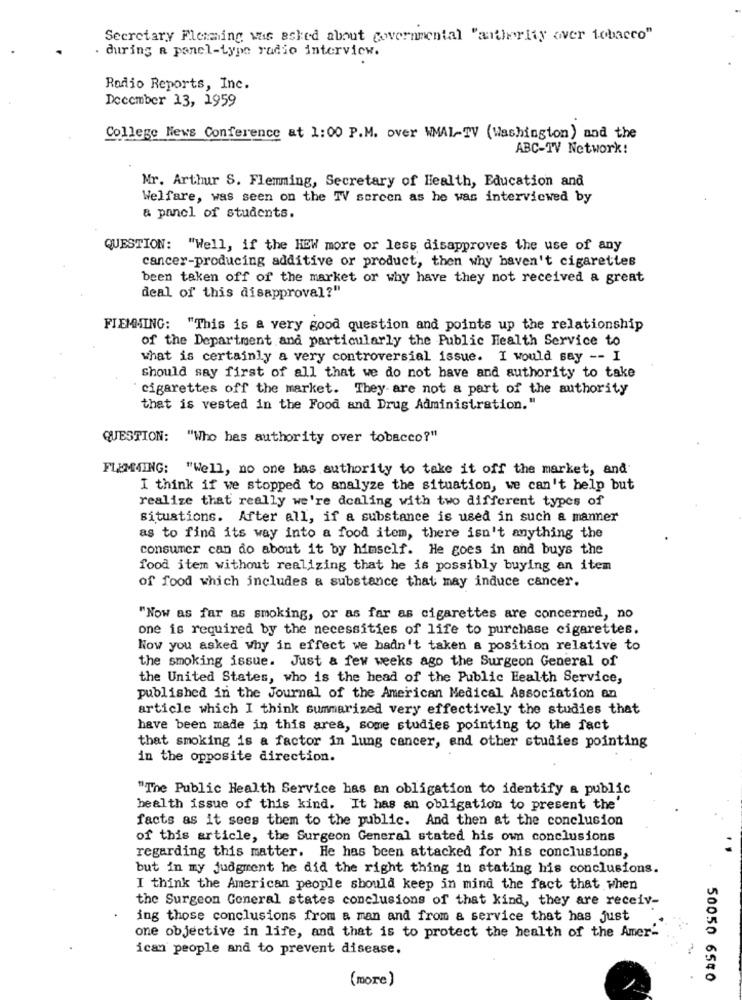
Secretary Flemming was asked about governmental "andlerity over tobacco"
. during a panel-type radio interview.
Radio Reports, Inc.
December 13, 1959
College News Conference at 1:00 P.M. over WMAL-TV (Washington) and the
ABC-TV Network!
Mr. Arthur S. Flemming, Secretary of Health, Education and
Welfare, was seen on the TV sorcen as he was interviewed by
& panel of students.
QUESTION: "Well, if the HEW more or less disapproves the use of any
cancer-producing additive or product, then why haven't cigarettes
been taken off of the market or why have they not received a great
deal of this disapproval?"
FLEMMING: "This is a very good question and points up the relationship
of the Department and particularly the Public Health Service to
what is certainly a very controversial issue. I would say -- I
Should say first of all that we do not have and authority to take
cigarettes off the market. They are not a part of the authority
that is vested in the Food and Drug Administration."
QUESTION: "Who has authority over tobacco?"
FLEMMING: "Well, no one has authority to take it off the market, and
I think if we stopped to analyze the situation, we can't help but
realize that really we're dealing with two different types of
situations. After all, if a substance is used in such a manner
as to find its way into a food item, there isn't anything the
consumer can do about it by himself. He goes in and buys the
food item without realizing that he is possibly buying an item
of food which includes a substance that may induce cancer.
"Now as far as smoking, or as far as cigarettes are concerned, no
one is required by the necessities of life to purchase cigarettes.
Now you asked Why in effect we hadn't taken a position relative to
the smoking issue. Just & few weeks ago the Surgeon General of
the United States, who is the head of the Public Health Service,
published in the Journal of the American Medical Association an
article which I think summarized very effectively the studies that
have been made in this area, some studies pointing to the fact
that smoking is a factor in lung cancer, end other studies pointing
in the opposite direction.
"The Public Health Service has an obligation to identify a public
health issue of this kind. It has an obligation to present the'
facts as it sees them to the public. And then at the conclusion
of this article, the Surgeon General stated his own conclusions
regarding this matter. He has been attacked for his conclusions,
but in my judgment he did the right thing in stating his conclusions.
I think the American people should keep in mind the fact that when
the Surgeon General states conclusions of that kind, they are receiv-
ing those conclusions from a man and from & service that has just
one objective in life, and that is to protect the health of the Amer'
ican people and to prevent disease.
(more)
50050 6540